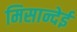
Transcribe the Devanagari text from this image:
मिसान्देई